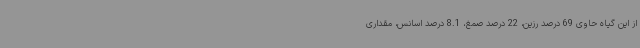
از این گیاه حاوی 69 درصد رزین، 22 درصد صمغ، 8.1 درصد اسانس، مقداری